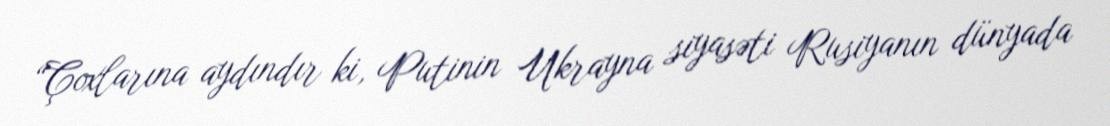
“Çoxlarına aydındır ki, Putinin Ukrayna siyasəti Rusiyanın dünyada